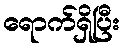
ရောက်ရှိပြီး